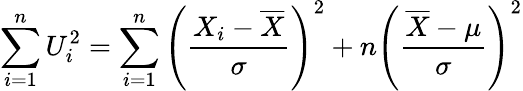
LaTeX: \sum_{i=1}^{n}U_{i}^{2}=\sum_{i=1}^{n}\left({\frac{X_{i}-{\overline{{X}}}}{\sigma}}\right)^{2}+n\left({\frac{{\overline{{X}}}-\mu}{\sigma}}\right)^{2}